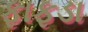
ફાફડા